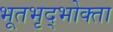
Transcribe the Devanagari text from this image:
भूतभृद्भोक्ता